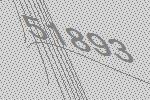
51893